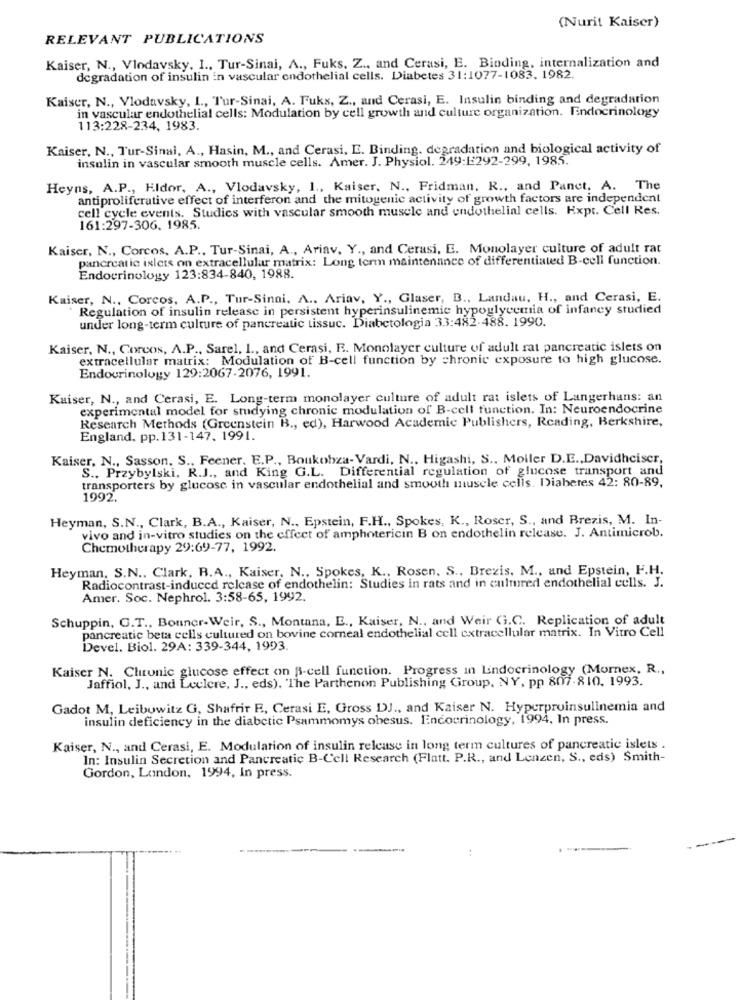
(Nurit Kaiser)
RELEVANT PUBLICATIONS
Kaiser, N ., Vlodavsky. I ., Tur-Sinai, A ., Fuks. Z ., and Cerasi, E. Binding, internalization and
degradation of insulin in vascular endothelial cells. Diabetes 31:1077-1083. 1982.
Kaiser, N ., Vlodavsky, I ., Tur-Sinai, A. Fuks, Z ., and Cerasi, E. Insulin binding and degradation
in vascular endothelial cells: Modulation by cell growth and culture organization. Endocrinology
113:228-234, 1983.
Kaiser, N ., Tur-Sinal, A ., Hasin, M ., and Cerasi, E. Binding. degradation and biological activity of
insulin in vascular smooth muscle cells. Amer. J. Physiol. 249:E292-299, 1985.
Heyns, A.P ., Kldor, A ., Vlodavsky, I ., Kaiser. N ., Fridman, R ., and Panet, A. The
antiproliferative effect of interferon and the mitogenic activity of growth factors are independent
cell cycle events. Studies with vascular smooth muscle and endothelial cells. Expt. Cell Res.
161:297-306. 1985.
Kaiser, N ., Corcos, A.P ., Tur-Sinai, A ., Ariav. Y ., and Cerasi, E. Monolayer culture of adult rat
pancreatic islets on extracellular matrix: Long term maintenance of differentiated B-cell function.
Endocrinology 123:834-840, 1988.
Kaiser, N ., Corcos, A.P ., Tur-Sinai, A ., Ariav, Y ., Glaser, B ., Landau, H ., and Cerasi, E.
Regulation of insulin release in persistent hyperinsulinemie hypoglycemia of infancy studied
under long-term culture of pancreatic tissuc. Diabetologia 33:482.488. 1990.
Kaiser, N ., Corcos, A.P ., Sarel, I ., and Cerasi, E. Monolayer culture of adult rat pancreatic islets on
extracellular matrix: Modulation of B-cell function by chronic exposure to high glucose.
Endocrinology 129:2067-2076, 1991.
Kaiser, N ., and Cerasi, E. Long-term monolayer culture of adult rat islets of Langerhans: an
experimental model for studying chronic modulation of B-cell function. In: Neuroendocrine
Research Methods (Greenstein B ., ed), Harwood Academic Publishers, Reading, Berkshire,
England. pp.131-147. 1991.
Kaiser, N ., Sasson, S ., Feener, E.P ., Boukobza-Vardi, N .. Higashi, S .. Moller D.E ., Davidhciser,
S ., Przybylski, R.J ., and King G.L. Differential regulation of glucose transport and
transporters by glucose in vascular endothelial and smooth muscle cells. Diabetes 42: 80-89,
1992.
Heyman, S.N ., Clark, B.A ., Kaiser, N ., Epstein, F.H ., Spokes, K ., Roser, S ., and Brezis, M. In-
vivo and in-vitro studies on the effect of amphotericin B on endothelin release. J. Antimicrob.
Chemotherapy 29:69-77, 1992.
Heyman, S.N ., Clark, R.A ., Kaiser, N ., Spokes, K ., Rosen, S ., Brezis. M ., and Epstein, F.H.
Radiocontrast-induced release of endothelin: Studies in rats and in cultured endothelial cells. J.
Amer. Soc. Nephrol. 3:58-65, 1992.
Schuppin, G.T ., Bonner-Weir, S ., Montana, E ., Kaiser, N ., and Weir G.C. Replication of adult
pancreatic beta cells cultured on bovine corneal endothelial cell extracellular matrix. In Vitro Cell
Devel. Biol. 29A: 339-344, 1993.
Kaiser N. Chrunic glucose effect on B-cell function. Progress in Lindocrinology (Mornex, R .,
Jaffiol, J ., and Leclere, J ., eds), 'The Parthenon Publishing Group, NY, pp 807-810. 1993.
Gadot M, Leibowitz G, Shafrir E, Cerasi E, Gross DJ ., and Kaiser N. Hyperpruinsulinemia and
insulin deficiency in the diabetic Psammomys obesus. Endocrinology, 1994, In press.
Kaiser, N ., and Cerasi, E. Modulation of insulin release in long term cultures of pancreatic islets
In: Insulin Secretion and Pancreatic B-Cell Research (Flatt. P.R ., and Lenzen, S ., eds) Smith-
Gordon, London, 1994, In press.
: